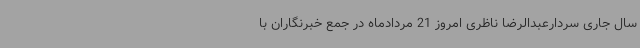
سال جاری سردارعبدالرضا ناظری امروز 21 مردادماه در جمع خبرنگاران با